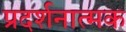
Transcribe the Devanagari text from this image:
प्रदर्शनात्‍मक